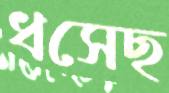
ধসেছ